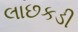
લાછકડી